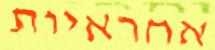
אחראיות